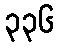
၃၃၆